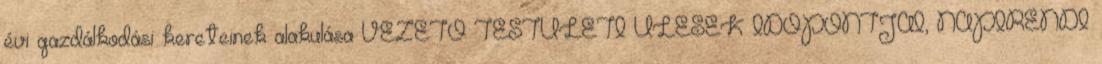
évi gazdálkodási kereteinek alakulása VEZETŐ TESTÜLETI ÜLÉSEK IDŐPONTJAI, NAPIRENDI